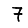
Digit: 7